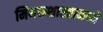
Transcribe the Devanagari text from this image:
मिथकशास्त्रामध्ये